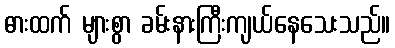
ဓားထက် များစွာ ခမ်းနားကြီးကျယ်နေသေးသည်။